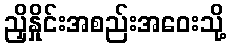
ညှိနှိုင်းအစည်းအဝေးသို့